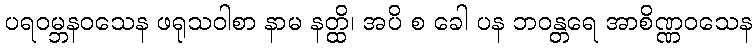
ပရဝမ္ဘနဝသေန ဖရုသဝါစာ နာမ နတ္ထိ၊ အပိ စ ခေါ ပန ဘဝန္တရေ အာစိဏ္ဏဝသေန